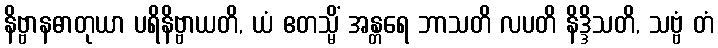
နိဗ္ဗာနဓာတုယာ ပရိနိဗ္ဗာယတိ, ယံ ဧတသ္မိံ အန္တရေ ဘာသတိ လပတိ နိဒ္ဒိသတိ, သဗ္ဗံ တံ